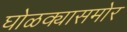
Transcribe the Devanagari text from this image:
घोळक्यासमोर